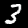
Digit: 3